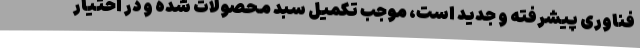
فناوری پیشرفته و جدید است، موجب تکمیل سبد محصولات شده و در اختیار